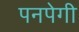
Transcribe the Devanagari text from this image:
पनपेगी